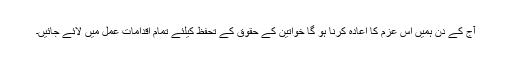
آج کے دن ہمیں اس عزم کا اعادہ کرنا ہو گا خواتین کے حقوق کے تحفظ کیلئے تمام اقدامات عمل میں لائے جائیں۔